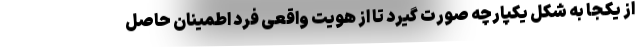
از یکجا به شکل یکپارچه صورت گیرد تا از هویت واقعی فرد اطمینان حاصل